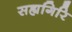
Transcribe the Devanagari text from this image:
सह्यगिरि